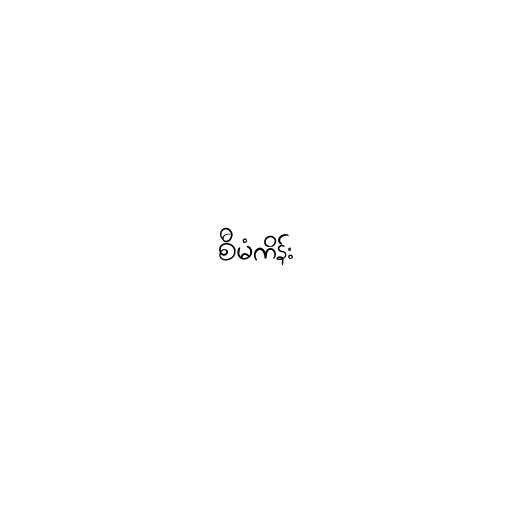
စီမံကိန်း